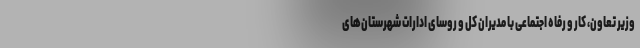
وزیر تعاون، کار و رفاه اجتماعی با مدیران کل و روسای ادارات شهرستان‌های